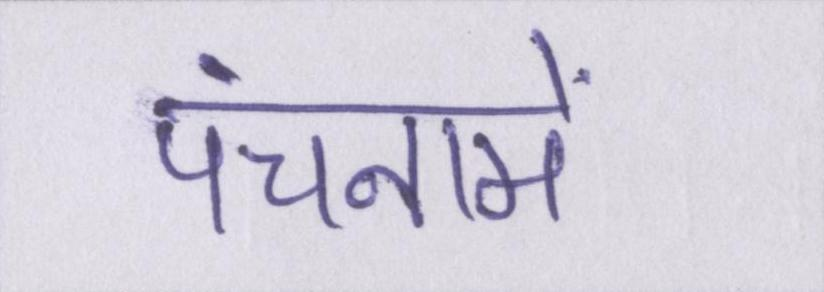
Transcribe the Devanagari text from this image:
पंचनामें